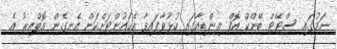
ނަމުގައި ސްޓޭޓް ބޭންކް އޮފް އިންޑިއާގައި ހުޅުވާފައިވާ އެކައުންޓަށްކަން އެނގެން އޮތްއިރު އެ